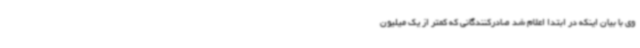
وی با بیان اینکه در ابتدا اعلام شد صادرکنندگانی که کمتر از یک میلیون